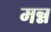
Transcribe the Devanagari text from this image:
मन्न